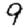
Digit: 9